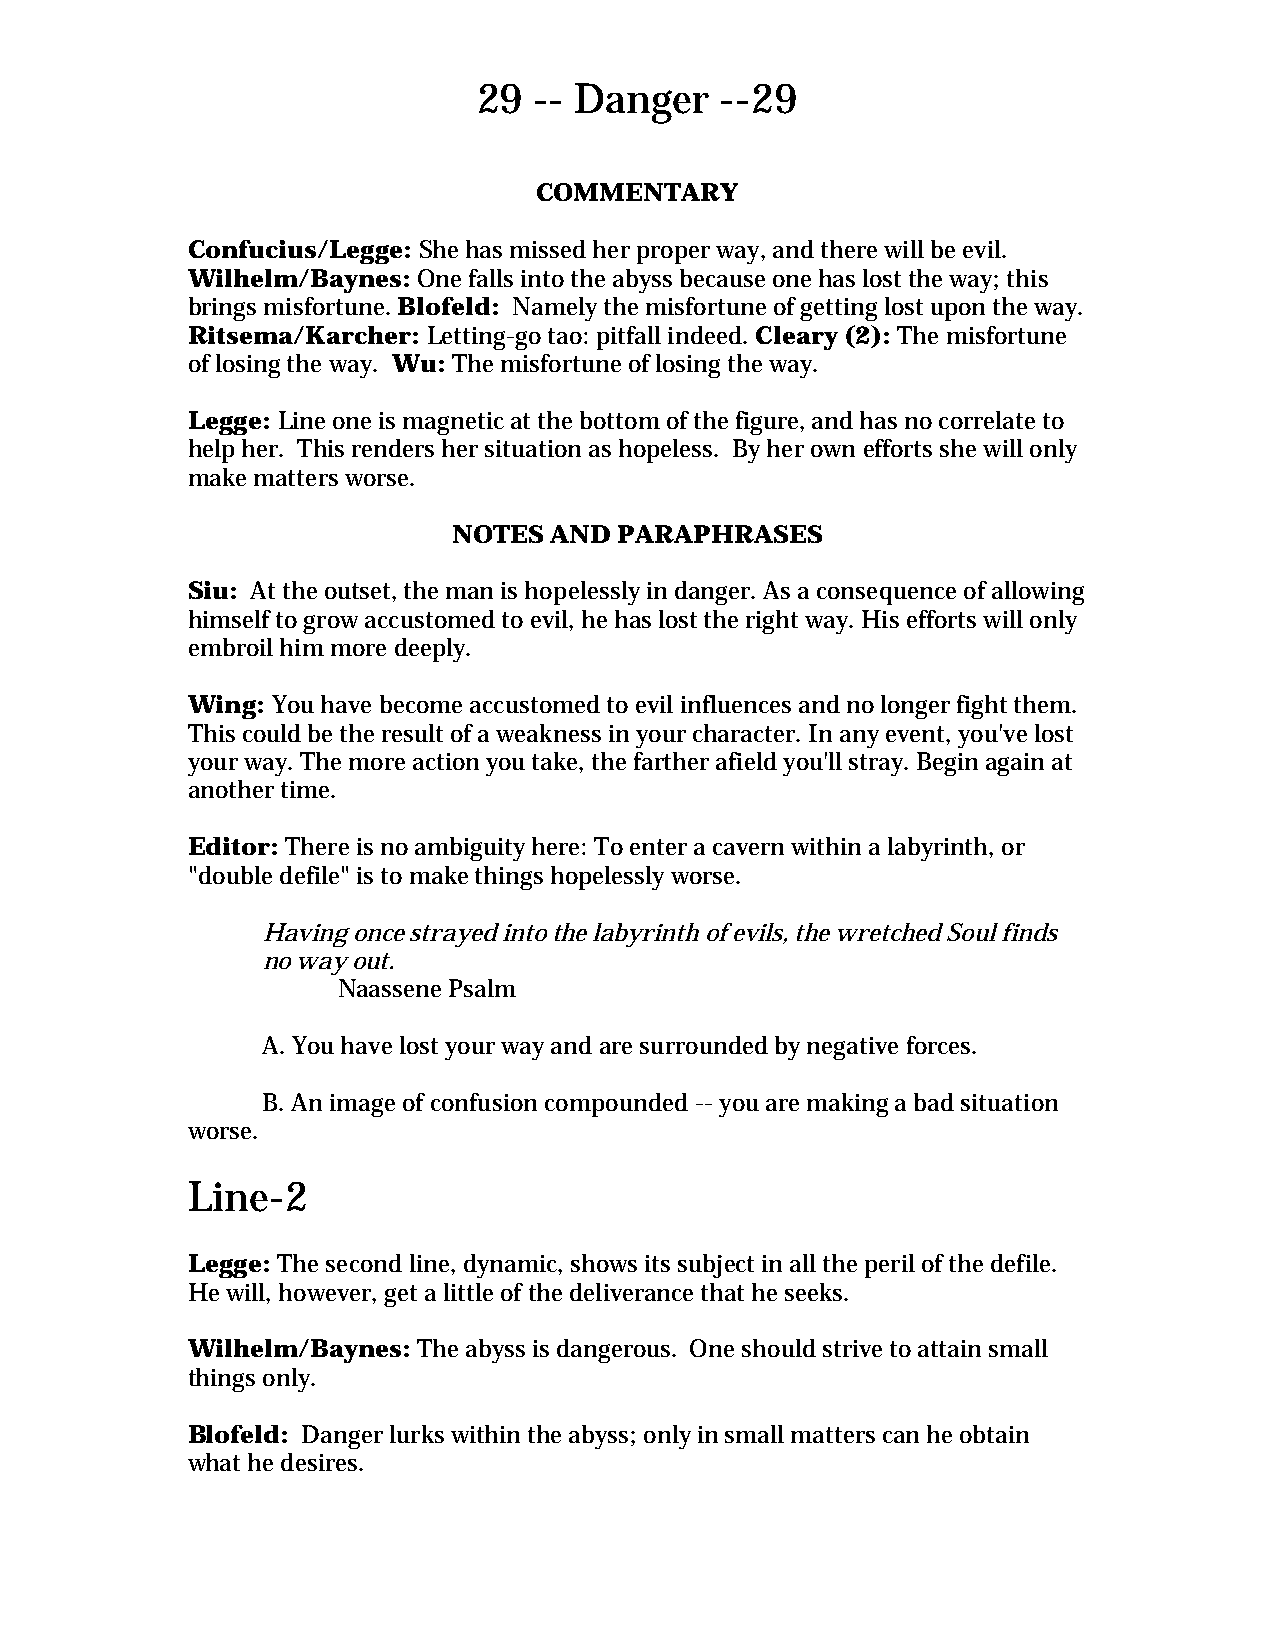
29 -- Danger    --29
 COMMENTARY
 Confucius/Legge: She has missed her proper way, and there will be evil.
 Wilhelm/Baynes: One falls into the abyss because one has lost the way; this
 brings misfortune. Blofeld: Namely the misfortune of getting lost upon the way.
 Ritsema/Karcher: Letting-go tao: pitfall indeed. Cleary (2): The misfortune
 of losing the way. Wu: The misfortune of losing the way.
 Legge: Line one is magnetic at the bottom of the figure, and has no correlate to
 help her. This renders her situation as hopeless. By her own efforts she will only
 make matters worse.
 NOTES AND  PARAPHRASES
 Siu: At the outset, the man is hopelessly in danger. As a consequence of allowing
 himself to grow accustomed to evil, he has lost the right way. His efforts will only
 embroil him more deeply.
 Wing: You have become accustomed to evil influences and no longer fight them.
 This could be the result of a weakness in your character. In any event, you've lost
 your way. The more action you take, the farther afield you'll stray. Begin again at
 another time.
 Editor: There is no ambiguity here: To enter a cavern within a labyrinth, or
 "double defile" is to make things hopelessly worse.
 Having once strayed into the labyrinth of evils, the wretched Soul finds
 no way out.
 Naassene Psalm
 A. You have lost your way and are surrounded by negative forces.
 B. An image of confusion compounded -- you are making a bad situation
 worse.
 Line-2
 Legge: The second line, dynamic, shows its subject in all the peril of the defile.
 He will, however, get a little of the deliverance that he seeks.
 Wilhelm/Baynes: The abyss is dangerous. One should strive to attain small
 things only.
 Blofeld: Danger lurks within the abyss; only in small matters can he obtain
 what he desires.